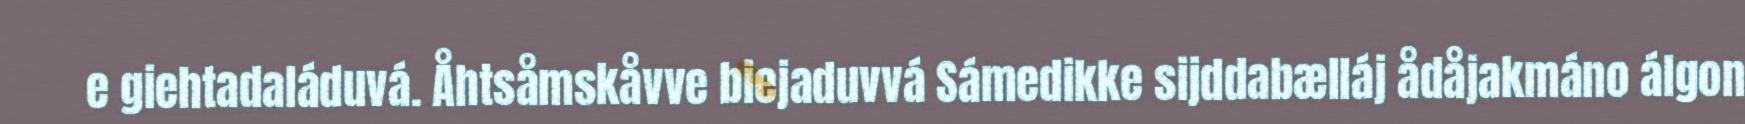
e giehtadaláduvá. Åhtsåmskåvve biejaduvvá Sámedikke sijddabælláj ådåjakmáno álgon